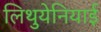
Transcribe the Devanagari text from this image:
लिथुयेनियाई